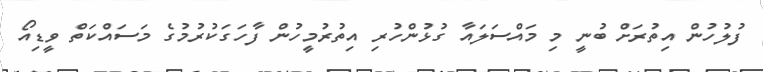
ފުލުހުން އިތުރަށް ބުނީ މި މައްސަލައާ ގުޅުންހުރި އިތުރުމީހުން ފާހަގަކުރުމުގެ މަސައްކަތް ވީޑިއޯ